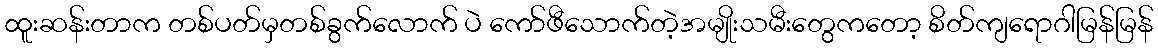
ထူးဆန်းတာက တစ်ပတ်မှတစ်ခွက်လောက် ပဲ ကော်ဖီသောက်တဲ့အမျိုးသမီးတွေကတော့ စိတ်ကျရောဂါမြန်မြန်